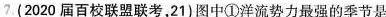
7 (2020届百校联盟联考，21)图中①洋流势力最强的季节是